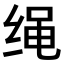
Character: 绳